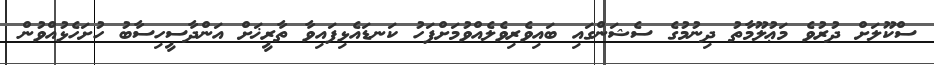
ސްކޫލަށް ދުރުވެ މަޢުލޫމާތު ދިނުމުގެ ސެޝަންގައި ބައިވެރިވެލެއްވުމަށްފަހު ކަނޑައެޅިފައިވާ ތާރީޚަށް އަންދާސީހިސާބު ހުށަހެޅުއްވުން